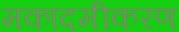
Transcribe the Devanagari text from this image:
मकादमीकरण